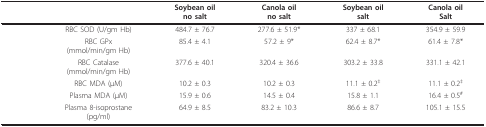
<table><thead><tr><td></td><td><b>Soybean oilno salt</b></td><td><b>Canola oilno salt</b></td><td><b>Soybean oilsalt</b></td><td><b>Canola oilSalt</b></td></tr></thead><tbody><tr><td>RBC SOD (U/gm Hb)</td><td>484.7 ± 76.7</td><td>277.6 ± 51.9*</td><td>337 ± 68.1</td><td>354.9 ± 59.9</td></tr><tr><td>RBC GPx(mmol/min/gm Hb)</td><td>85.4 ± 4.1</td><td>57.2 ± 9*</td><td>62.4 ± 8.7*</td><td>61.4 ± 7.8*</td></tr><tr><td>RBC Catalase(mmol/min/gm Hb)</td><td>377.6 ± 40.1</td><td>320.4 ± 36.6</td><td>303.2 ± 33.8</td><td>331.1 ± 42.1</td></tr><tr><td>RBC MDA (μM)</td><td>10.2 ± 0.3</td><td>10.2 ± 0.3</td><td>11.1 ± 0.2<sup>‡</sup></td><td>11.1 ± 0.2<sup>‡</sup></td></tr><tr><td>Plasma MDA (μM)</td><td>15.9 ± 0.6</td><td>14.5 ± 0.4</td><td>15.8 ± 1.1</td><td>16.4 ± 0.5<sup>#</sup></td></tr><tr><td>Plasma 8-isoprostane(pg/ml)</td><td>64.9 ± 8.5</td><td>83.2 ± 10.3</td><td>86.6 ± 8.7</td><td>105.1 ± 15.5</td></tr></tbody></table>